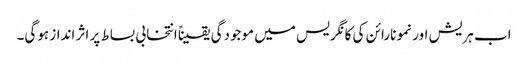
اب ہریش اور نمو نارائن کی کانگریس میں موجودگی یقیناً انتخابی بساط پر اثر انداز ہوگی۔